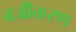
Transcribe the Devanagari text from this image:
वज्रीकरण